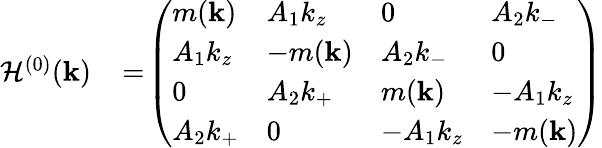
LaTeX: \begin{array}{rl}{{\cal H}^{(0)}({\mathbf k})}&{{}\! =\! \left(\begin{array}{llll}{m({\mathbf k})}&{A_{1}k_{z}}&{0}&{A_{2}k_{-}}\\ {A_{1}k_{z}}&{-m({\mathbf k})}&{A_{2}k_{-}}&{0}\\ {0}&{A_{2}k_{+}}&{m({\mathbf k})}&{-A_{1}k_{z}}\\ {A_{2}k_{+}}&{0}&{-A_{1}k_{z}}&{-m({\mathbf k})}\end{array}\right)}\end{array}